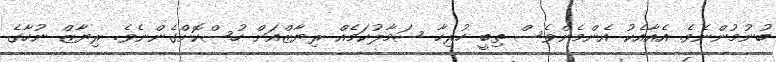
ބުނުމުންނެވެ. އެއާއެކު އެންމެންވެސް ތިބީ ހުރިހާ ސަމާލުކަމެއް ރިޔާޒްއަށް ހުސްކޮށްގެންނެވެ. ރިޔާޒް ނުހާގެ